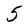
Character: 5